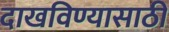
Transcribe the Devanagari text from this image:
दाखविण्यासाठीं